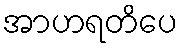
အာဟရတိပေ